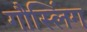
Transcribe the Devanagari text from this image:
गौस्लिंग